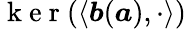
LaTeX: \mathrm{~k~e~r~}(\left<\boldsymbol{b}(\boldsymbol{a}),\cdot\right>)